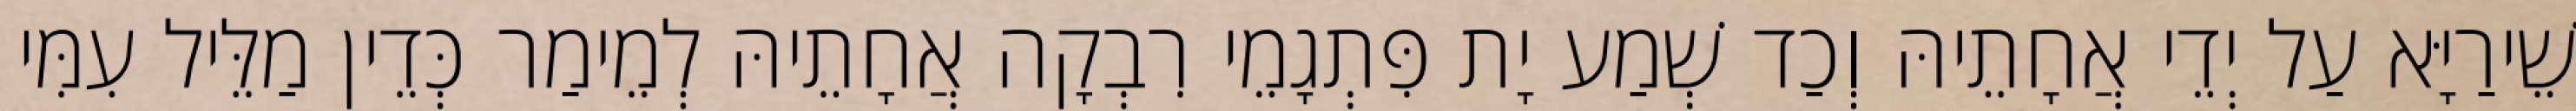
שֵׁירַיָּא עַל יְדֵי אֲחָתֵיהּ וְכַד שְׁמַע יָת פִּתְגָמֵי רִבְקָה אֲחָתֵיהּ לְמֵימַר כְּדֵין מַלֵּיל עִמִּי